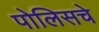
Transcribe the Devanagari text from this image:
पोलिसचे